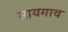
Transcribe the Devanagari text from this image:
सायगाव